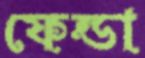
ফেন্ডা